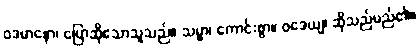
ဝဒမာနော၊ ပြောဆိုသောသူသည်။ သမ္မာ၊ ကောင်းစွာ။ ဝဒေယျ၊ ဆိုသည်မည်၏။